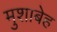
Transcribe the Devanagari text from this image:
मुशाबेह